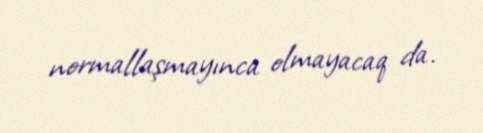
normallaşmayınca olmayacaq da.